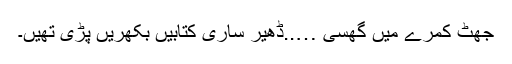
جھٹ کمرے میں گھسی …..ڈھیر ساری کتابیں بکھریں پڑی تھیں۔